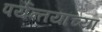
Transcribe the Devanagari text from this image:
पर्यन्तयांच्या